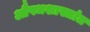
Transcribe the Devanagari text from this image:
औषधशास्त्रांत